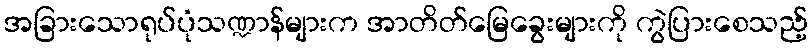
အခြားသောရုပ်ပုံသဏ္ဍာန်များက အာတိတ်မြေခွေးများကို ကွဲပြားစေသည့်